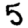
Digit: 5